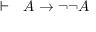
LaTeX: \vdash \ \ A \rightarrow \lnot \lnot A